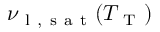
\nu _ { \mathrm { ~ l ~ , ~ s ~ a ~ t ~ } } ( T _ { \mathrm { ~ T ~ } } )